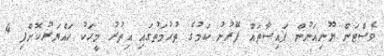
ވެސްޓަން ޔޫނިއަނުން ފައިސާތައް ފޭރުނު ކަމުގެ ތުހުމަތުގައި އިތުރު މީހަކު ހައްޔަރުކޮށްފި 4